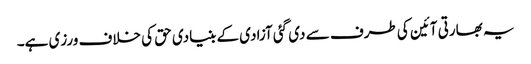
یہ بھارتی آئین کی طرف سے دی گئی آزادی کے بنیادی حق کی خلاف ورزی ہے۔